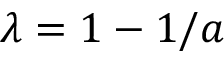
\lambda = 1 - 1 / a